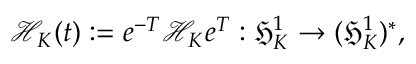
\mathcal { H } _ { K } ( t ) : = e ^ { - T } \mathcal { H } _ { K } e ^ { T } : \mathfrak { H } _ { K } ^ { 1 } \to ( \mathfrak { H } _ { K } ^ { 1 } ) ^ { * } ,